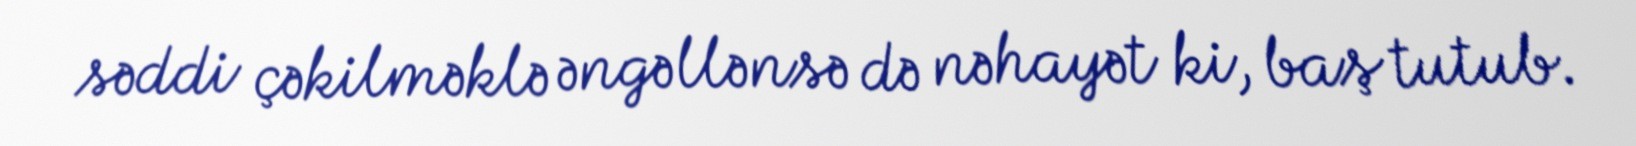
səddi çəkilməklə əngəllənsə də nəhayət ki, baş tutub.